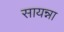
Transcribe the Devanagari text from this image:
सायन्ना